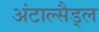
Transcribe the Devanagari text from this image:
अंटाल्सैड्ल